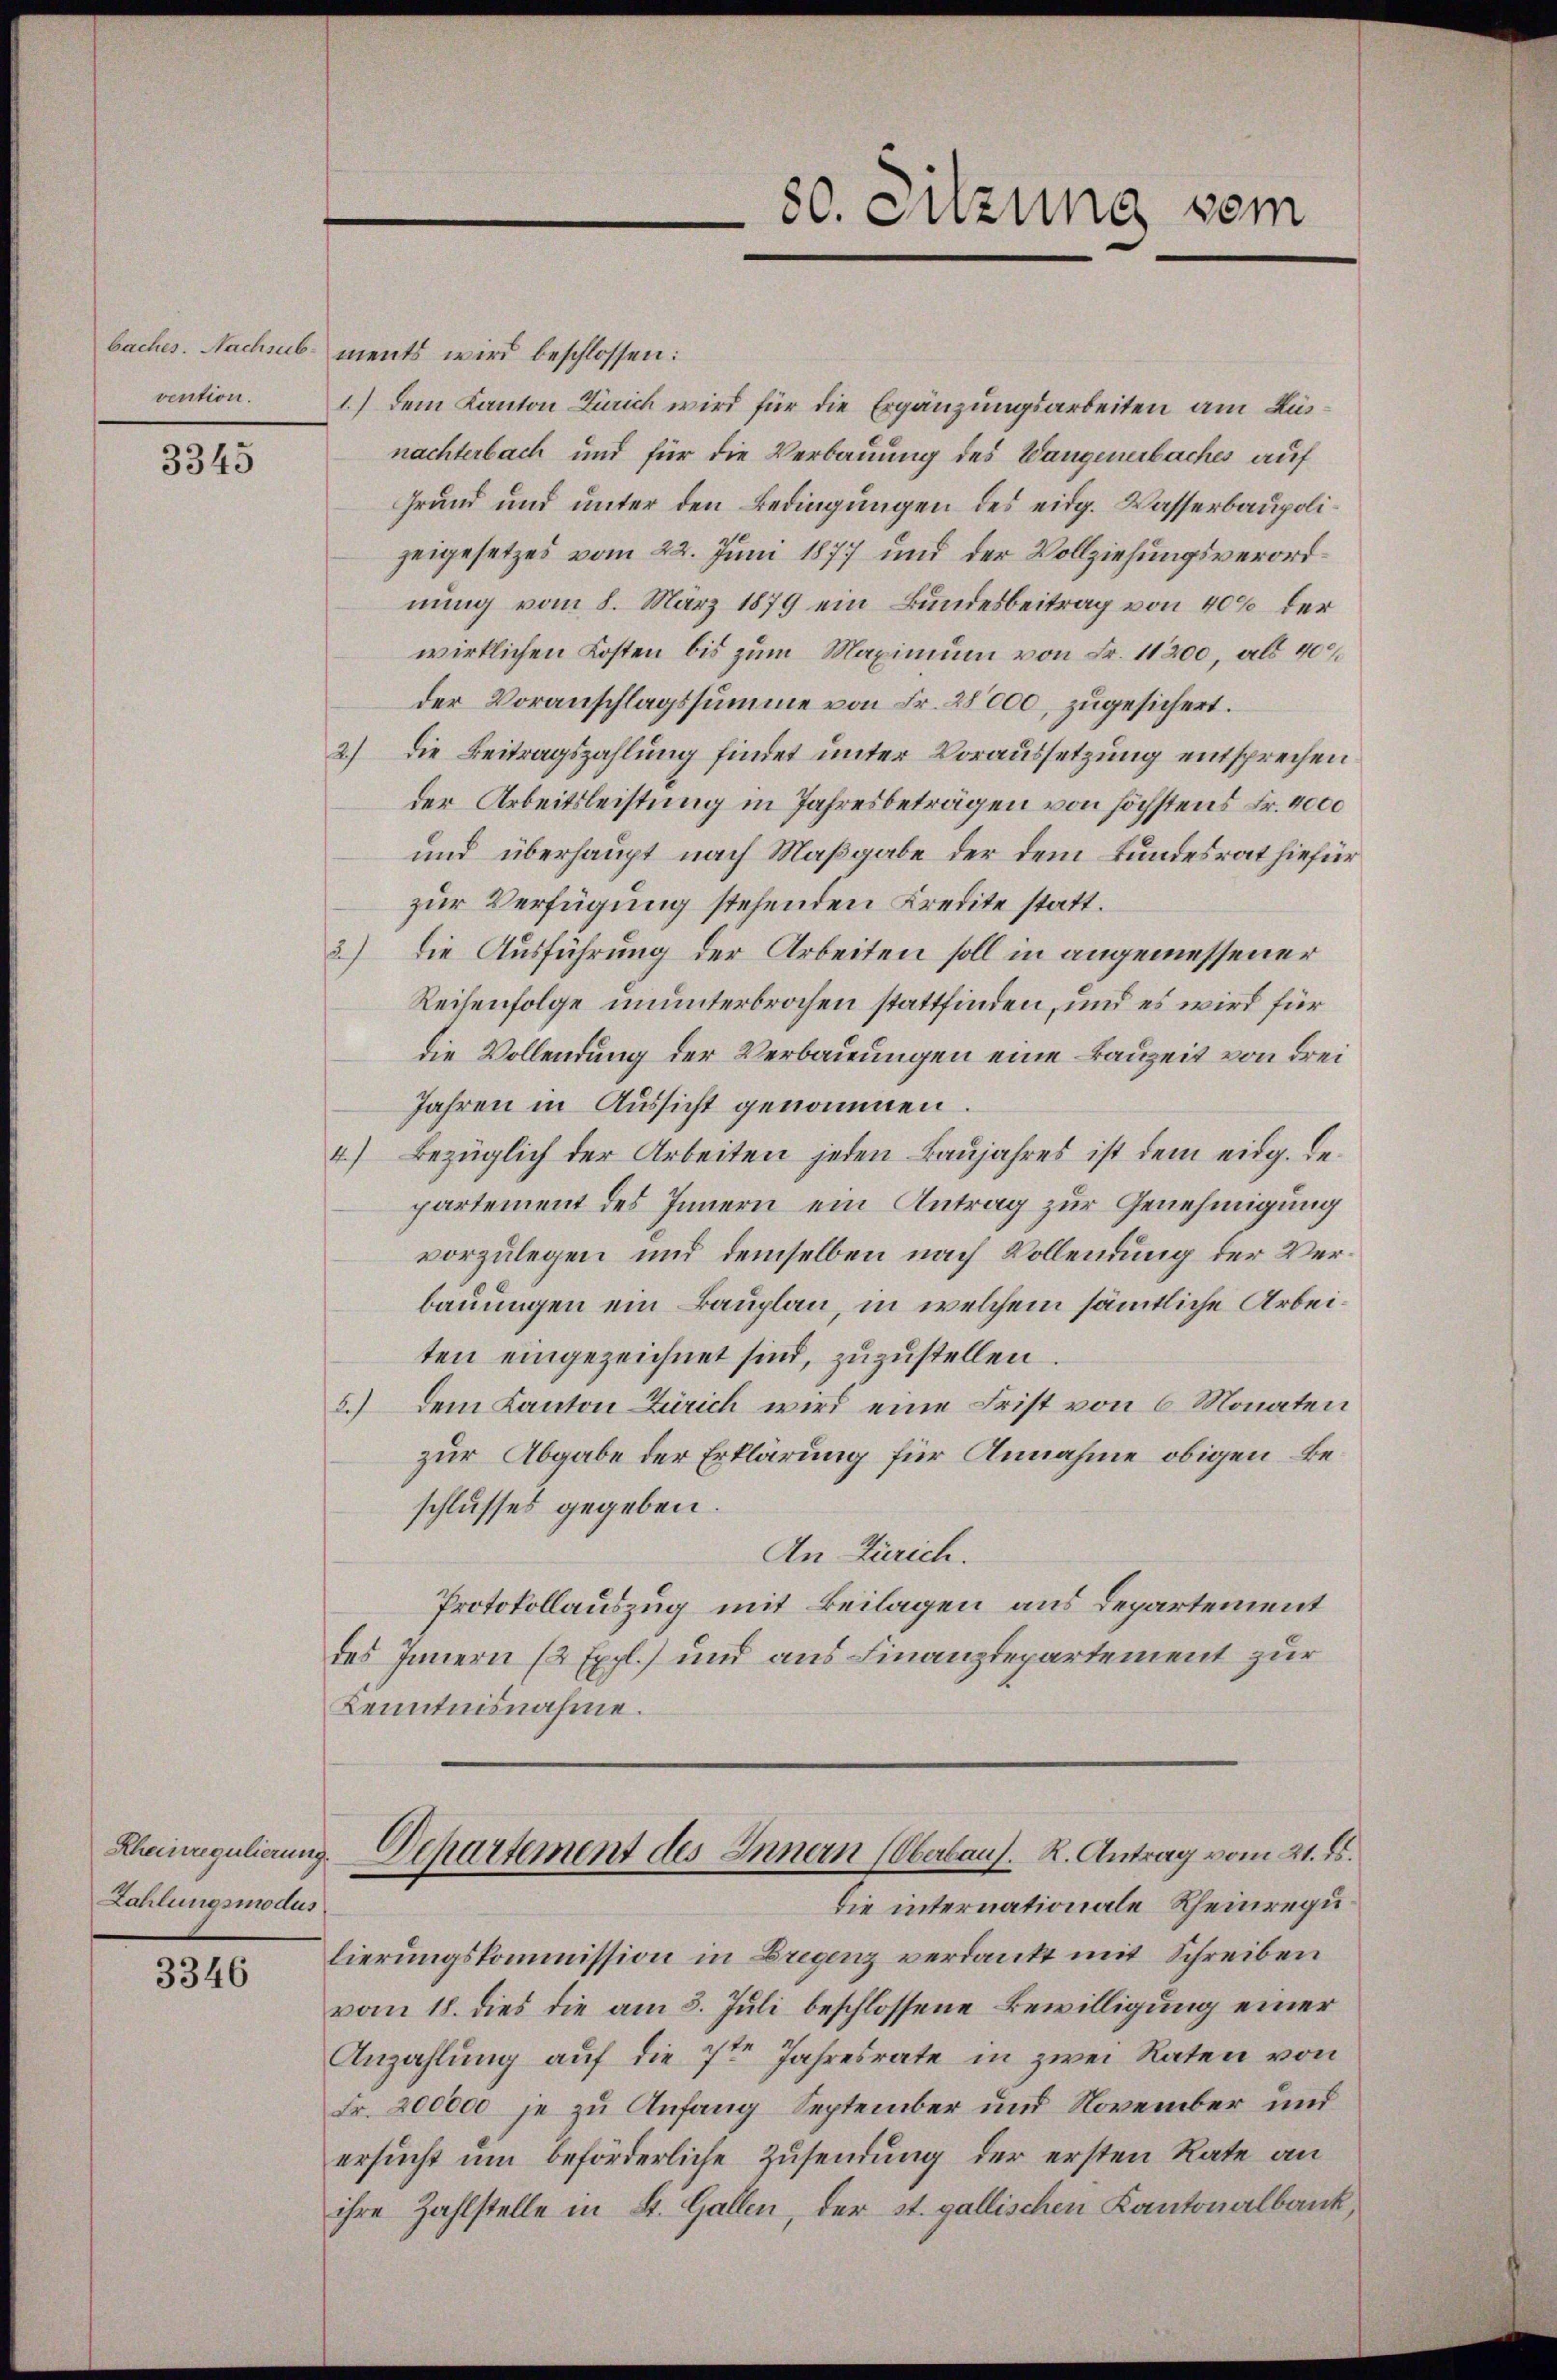
vention.

3345

Zahlungsmodus

3346

baches. Nachsub- ments wird beschlossen:
1.) Dem Kanton Zürich wird für die Ergänzungsarbeiten am Küsnachterbach und für die Verbauung des Wangenerbaches auf
Grund und unter den Bedingungen des eidg. Wasserbaupolizeigesetzes vom 22. Juni 1877 und der Vollziehungsverordnung vom 8. März 1879 ein Bundesbeitrag von 40% der
wirklichen Kosten bis zum Maximum von Fr. 11200, als 400
der Voranschlagssumme von Fr. 28000 zugesichert.
2.) Die Beitragszahlung findet unter Voraussetzung entsprechen
der Arbeitsleistung in Jahresbeträgen von höchstens Fr. 4000
und überhaupt nach Maßgabe der dem Bundesrat hiefür
zur Verfügung stehenden Kredite statt.
2) Die Ausführung der Arbeiten soll in angemessener
Reihenfolge ununterbrochen stattfinden, und es wird für
die Vollendung der Verbauungen eine Bauzeit von Frei
Jahren in Aussicht genommen.
4) Bezüglich der Arbeiten jeden Baujahres ist dem eidg. Departement des Innern ein Antrag zur Genehmigung
vorzulegen und demselben nach Vollendung der Verbauungen ein Bauplan, in welchem sämmtliche Arbeiten eingezeichnet sind, zuzustellen.
5.) Dem Kanton Zürich wird eine Frist von 6 Monaten
zur Abgabe der Erklärung für Annahme obigen Beschlusses gegeben.
An Zürich.
Protokollauszug mit Beilagen aus Departement
des Innern (2 Expl.) und aus Finanzdepartement zur
Kenntnisnahme.

80. Sitzung sein

lierungskommission in Bregenz verdankt mit Schreiben
vom 18. dies die am 3. Juli beschlossene Bewilligung einer
Anzahlung auf die 7ten Jahresrate in zwei Raten von
Fr. 200000 je zu Anfang September und November und
ersucht um beförderliche Zusendung der ersten Rate an
ihre Zahlstelle in St. Gallen, der st. gallischen Kantonalbank,

Rheinregulierung. Departement des Innern (Oberbaus. R. Antrag vom 21. ds.
die internationale Rheinregu¬